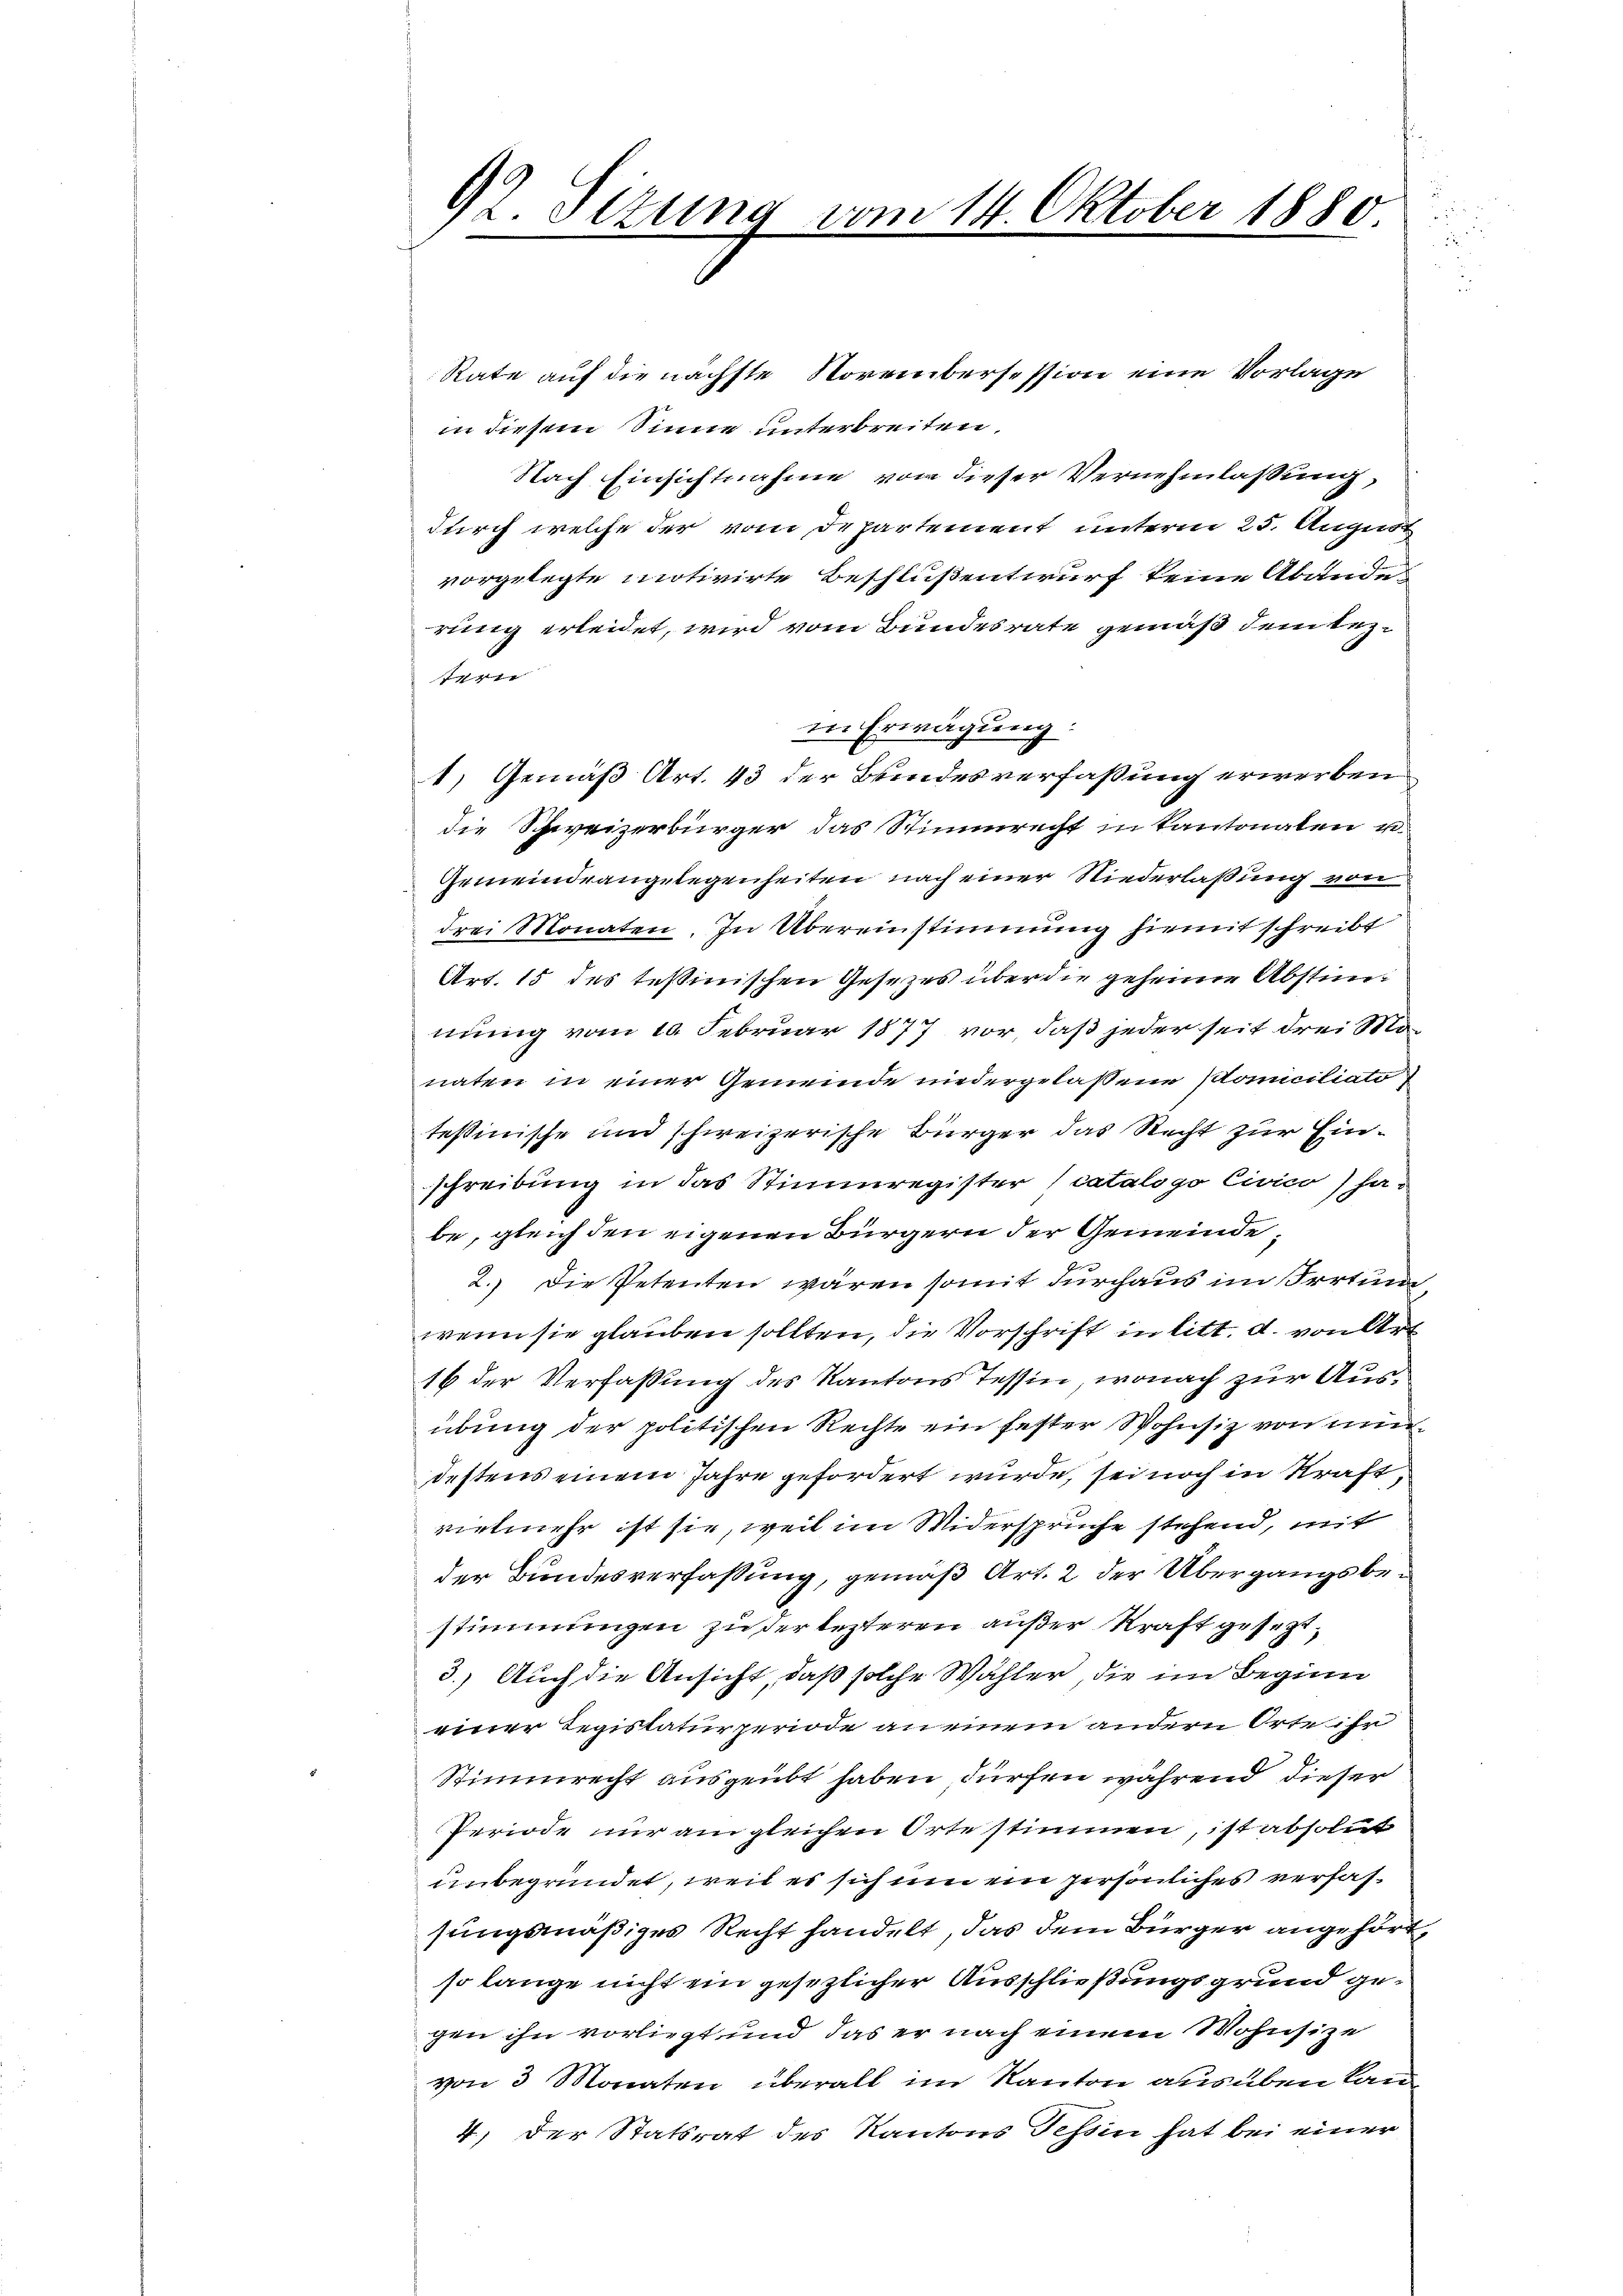
92 Sizung

om 14. Oktober 1880.

Rate auf die nächste Noreinbersession eine Vorlage
in diesem Sinne unterbreiten.
Nach Einsichtnahme von dieser Vernehmlassung,
durch welche der vom Departement unterm 25. Augus
vorgelegte motivirte Beschlußentwurf keine Abände
rung erleidet, wird vom Bundesrate gemäß dem lez¬
741.
in Erwägung:
1) Gemäß Art. 43 der Bundesverfaßung erwerben
die Schweizerbürger das Stimmrecht in kantonaten u.
Gemeindeangelegenheiten nach einer Niederlaßung von
drei Monaten. In Übereinstimmung hiemit schreibt
Art. 15 des Teßinischen Gesetzes über die geheime Abstimnung vom 10. Februar 1877 vor, daß jeder seit drei Monaten in einer Gemeinde niedergelassene Pomiciliato
testimische und schweizerische Bürger das Recht zur Einschreibung in das Stimmregister (catalogo Civico) habe, gleich den eigenen Bürgern der Gemeinde,
2.) Die Petenten wären somit durchaus im Irrtuen
wenn sie glauben sollten, die Vorschrift in litt. d. von Art
16 der Verfassung des Kantons Tessin, wonach zur Ausübung der politischen Rechte ein fester Wohnsitz von mi
destens einem Jahre gefordert wurde, sei noch in Kraft,
vielmehr ist sie, weil im Widersprüche stehend, mit
der Bundesverfassung, gemäß Art. 2 der Übergangsbestimmungen zu der lezteren außer Kraft gesezt¬
3.) Auch die Ansicht, daß solche Wahler, die im Beginn
einer Regislaturperiode an einem andern Orte ihr
Stimmrecht ausgeübt haben, dürfen während dieser
Periode nur am gleichen Orte stimmen, ist absolut
unbegründet, weil es sich um ein persönliches verfassungsmäßiges Recht handelt, das dem Bürger angehörtso lange nicht ein gesezlicher Ausschließungsgrund gegen ihn vorliegt und das er nach einem Wohnsitze
von 3 Monaten überall im Kanton ausüben lan
4) Der Statsrat des Kantons Tessin hat bei einer